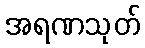
အရဏသုတ်